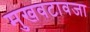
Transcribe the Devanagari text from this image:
मुखवटावजा